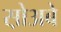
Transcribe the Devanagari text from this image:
स़ोअबे